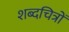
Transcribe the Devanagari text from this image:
शब्दचित्रों